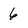
Character: 6